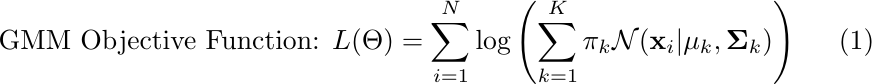
\begin{equation}
\text{GMM Objective Function: } L(\Theta) = \sum_{i=1}^{N}\log \left( \sum_{k=1}^{K} \pi_k \mathcal{N}(\mathbf{x}_i | \mathbf{\mu}_k, \mathbf{\Sigma}_k) \right)
\end{equation}